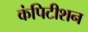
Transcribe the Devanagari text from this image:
कंपिटीशन